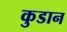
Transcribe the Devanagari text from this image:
कुडान